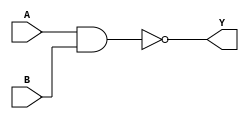
//
`timescale 1ns/10ps
module nand_gate(
    A,
    B,
    Y
);
input   A;
input   B;
output  Y;
assign  Y = ~(A&B);
endmodule

module nand_gate_tb;
reg  aa;
reg  bb;
wire yy;
nand_gate nand_gate(
    .A(aa),
    .B(bb),
    .Y(yy)
    );
initial begin
        aa<=0;bb<=0; //reg<=
    #10 aa<=0;bb<=1;
    #10 aa<=1;bb<=0;
    #10 aa<=1;bb<=1;
    #10 $stop;
end

initial begin
    $dumpfile("nand_gate_tb.vcd"); // dumpfile
    $dumpvars; // dump all vars
end
endmodule